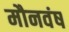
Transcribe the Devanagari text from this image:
मौनवंष